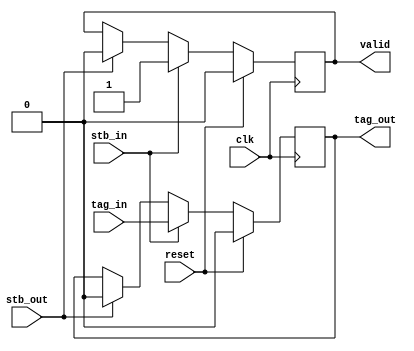
module pipestage
  #(parameter TAGWIDTH = 1)
   (input clk,
    input reset,
    input stb_in,
    input stb_out,
    output reg valid,
    input [TAGWIDTH-1:0] tag_in,
    output reg [TAGWIDTH-1:0] tag_out);

   always @(posedge clk)
     if(reset)
       begin
	  valid <= 0;
	  tag_out <= 0;
       end
     else if(stb_in)
       begin
	  valid <= 1;
	  tag_out <= tag_in;
       end
     else if(stb_out)
       begin
	  valid <= 0;
	  tag_out <= 0;
       end
   
endmodule